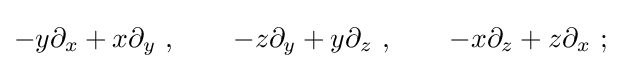
-y\partial _{x}+x\partial _{y}~,\qquad -z\partial _{y}+y\partial _{z}~,\qquad -x\partial _{z}+z\partial _{x}~;